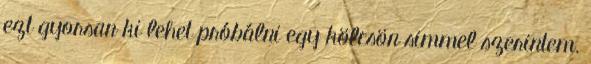
ezt gyorsan ki lehet próbálni egy kölcsön simmel szerintem.